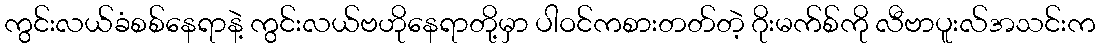
ကွင်းလယ်ခံစစ်နေရာနဲ့ ကွင်းလယ်ဗဟိုနေရာတို့မှာ ပါဝင်ကစားတတ်တဲ့ ဂိုးမက်စ်ကို လီဗာပူးလ်အသင်းက